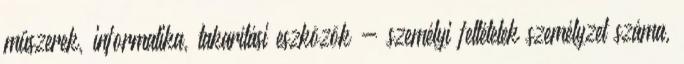
műszerek, informatika, takarítási eszközök - személyi feltételek személyzet száma,